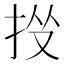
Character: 𢫹